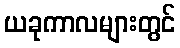
ယခုကာလများတွင်